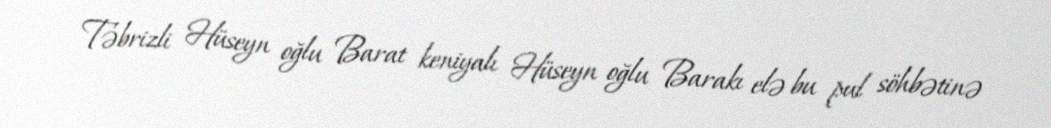
Təbrizli Hüseyn oğlu Barat keniyalı Hüseyn oğlu Barakı elə bu pul söhbətinə